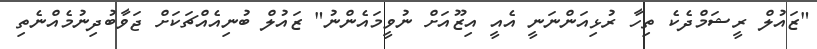
"ޒައުލް ރީޝަމްދެކެ ތިހާ ރުޅިއަންނަނީ އެއީ އިޒޫއަށް ނުވީމައެންނު" ޒައުލް ބުނިއެއްޗަކަށް ޖަވާބުދިނުމެއްނެތި